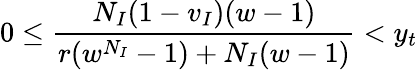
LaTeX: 0\le\frac{N_{I}(1-v_{I})(w-1)}{r(w^{N_{I}}-1)+N_{I}(w-1)}<y_{t}